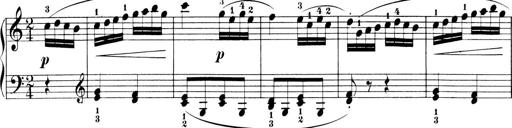
Title: 6 Piano Sonatinas
Composer: Cornelius Gurlitt